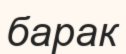
барак